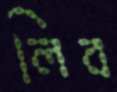
লিব